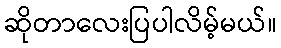
ဆိုတာလေးပြပါလိမ့်မယ်။